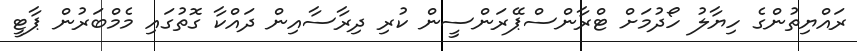
ރައްޔިތުންގެ ހިޔާލު ހޯދުމަށް ޓްރާންސްޕޭރަންސީން ކުރި ދިރާސާއިން ދައްކާ ގޮތުގައި މެމްބަރުން ޕާޓީ